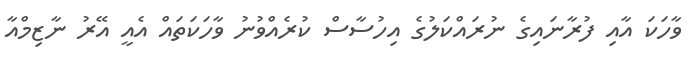
ވާހަކަ އާއި ފުރާނައިގެ ނުރައްކަލުގެ އިހުސާސް ކުރެއްވުނު ވާހަކަތައް އެއީ އޭރު ނާޒިމްއާ